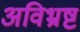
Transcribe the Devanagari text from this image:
अविभ्रष्ट